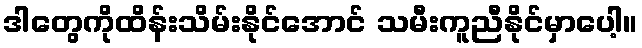
ဒါတွေကိုထိန်းသိမ်းနိုင်အောင် သမီးကူညီနိုင်မှာပေါ့။